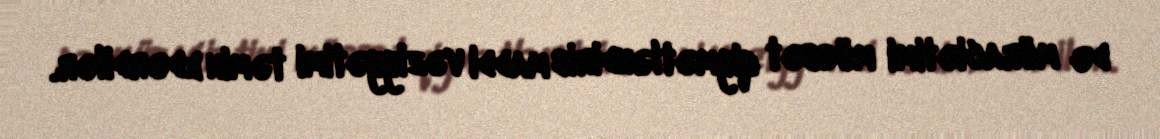
də müraciətimi müsbət qiymətləndirib maddi vəziyyətimi təmin edərdilər.